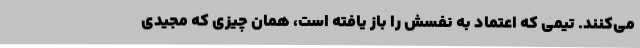
می‌کنند. تیمی که اعتماد به نفسش را باز یافته است، همان چیزی که مجیدی